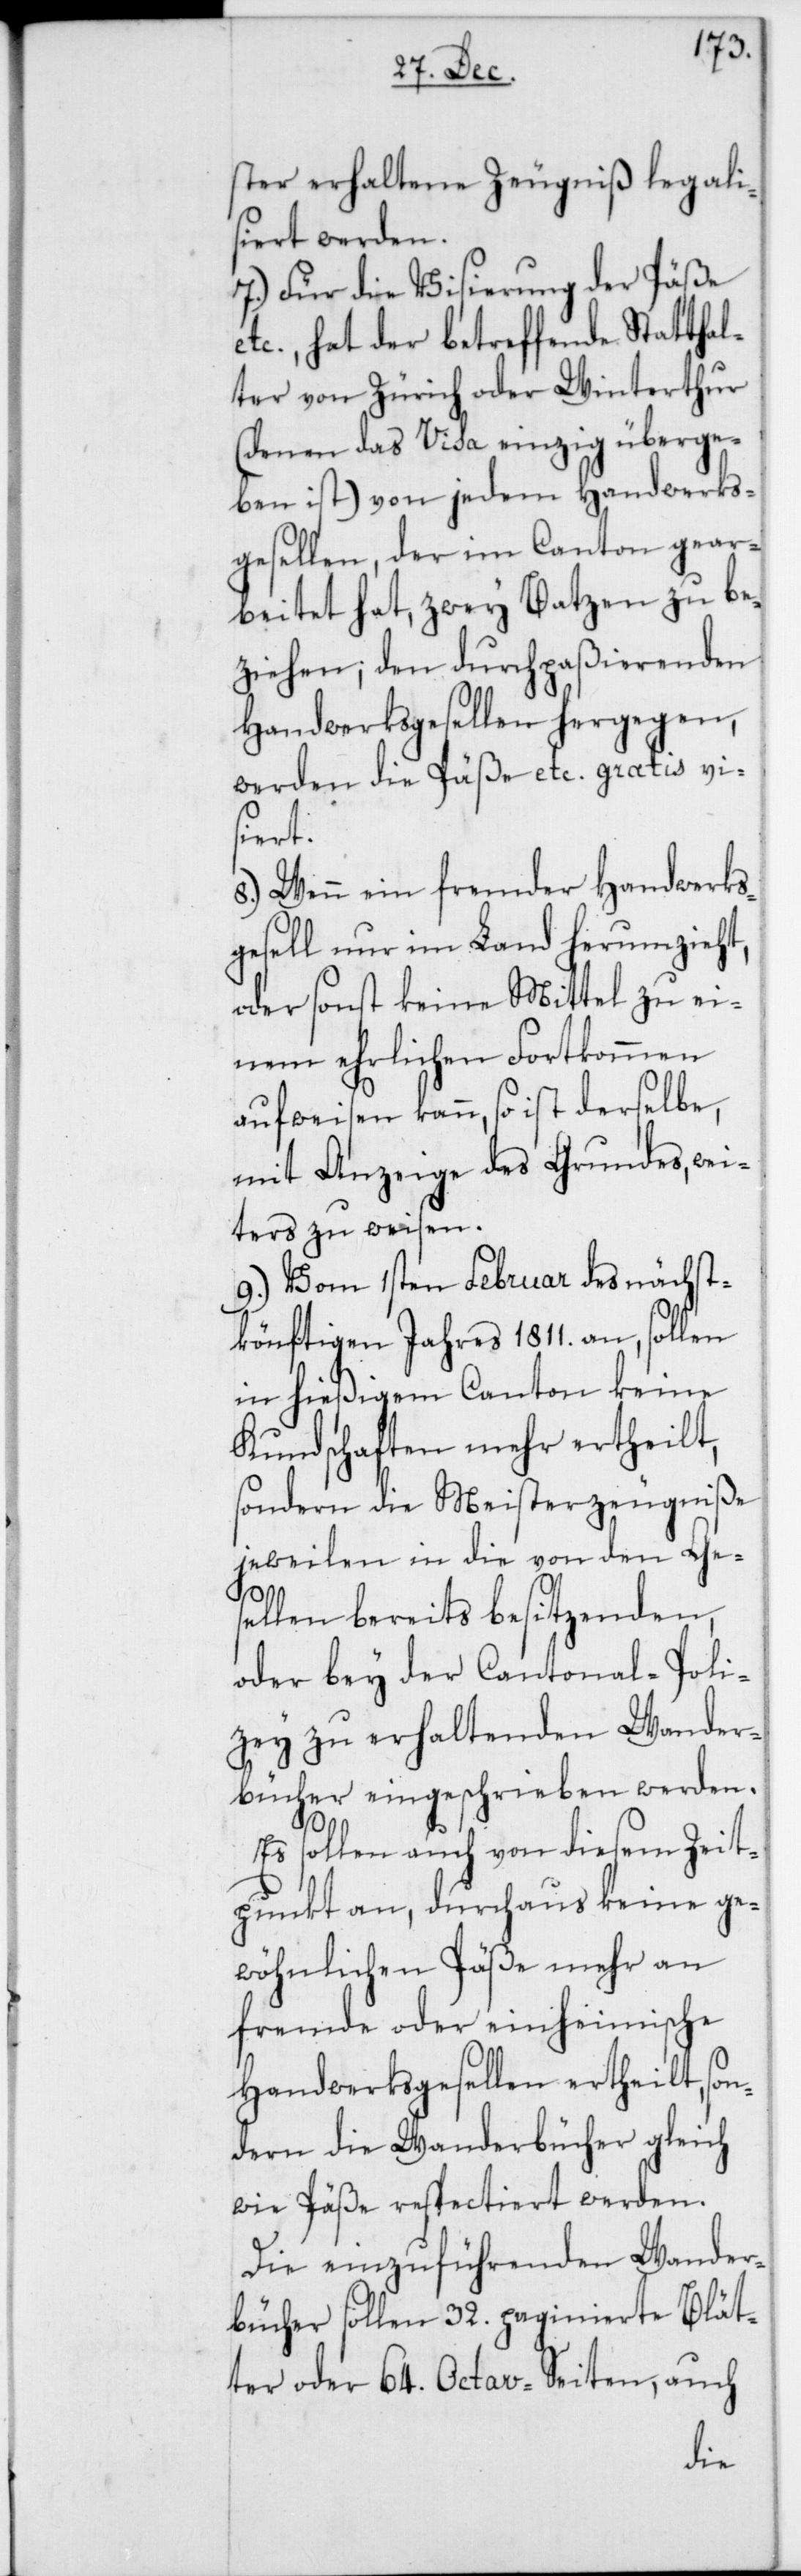
ter erhaltene Zeugniß legali¬
siert werden.
7.) Für die Visierung der Päße
etc., hat der betreffende Statthal¬
ter von Zürich oder Winterthur
(denen das Visa einzig überge¬
ben ist) von jedem Handwerks¬
gesellen, der im Canton gear¬
beitet hat, zwey Batzen zu be¬
ziehen; den durchpaßierenden
Handwerksgesellen hergegen,
werden die Päße etc. gratis vi¬
siert.
8.) Wenn ein fremder Handwerks¬
gesell nur im Land herumzieht,
oder sonst keine Mittel zu ei¬
nem ehrlichen Fortkommen
aufweisen kann, so ist derselbe,
mit Anzeige des Grundes, wei¬
ters zu weisen.
9.) Vom 1sten Februar des nächst¬
könftigen Jahres 1811. an, sollen
in hießigem Canton keine
Kundschaften mehr ertheilt,
sondern die Meisterzeugniße
jeweilen in die von den Ge¬
sellen bereits besitzenden,
oder bey der Cantonal-Poli¬
zey zu erhaltenden Wander¬
bücher eingeschrieben werden.
Es sollen auch von diesem Zeit¬
punkt an, durchaus keine ge¬
wöhnlichen Päße mehr an
fremde oder einheimische
Handwerksgesellen ertheilt, son¬
dern die Wanderbücher gleich
wie Päße respectiert werden.
Die einzuführenden Wander¬
bücher sollen 32. paginierte Blät¬
ter oder 64. Octav-Seiten, auch